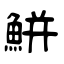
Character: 鮩